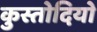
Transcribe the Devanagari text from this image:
कुस्तोदियो